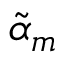
\tilde { \alpha } _ { m }